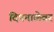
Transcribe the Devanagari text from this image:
दिपमाळेवर